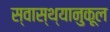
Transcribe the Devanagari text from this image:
स्वास्थ्यानुकूल